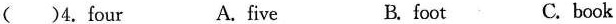
（）4.four A.five B. foot C. book